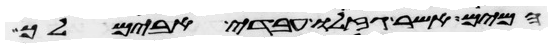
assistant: המים אשר גזלו עבדי אבימלך